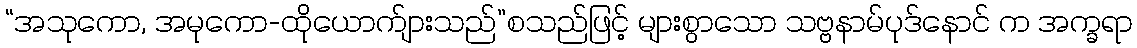
“အသုကော, အမုကော-ထိုယောက်ျားသည်”စသည်ဖြင့် များစွာသော သဗ္ဗနာမ်ပုဒ်နောင် က အက္ခရာ